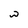
Character: w